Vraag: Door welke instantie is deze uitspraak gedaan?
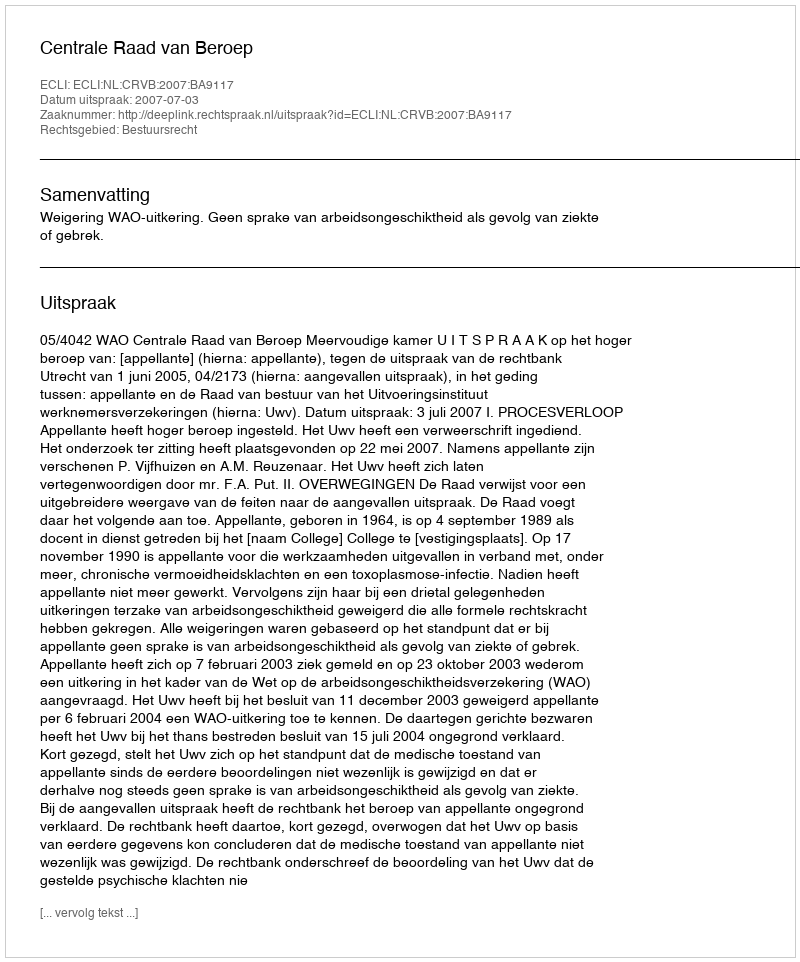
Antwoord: Centrale Raad van Beroep